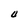
Character: U